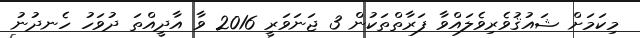
މިކަމަށް ޝައުޤުވެރިވެލައްވާ ފަރާތްތަކުން 3 ޖަނަވަރީ 2016 ވާ އާދީއްތަ ދުވަހު ހެނދުނު